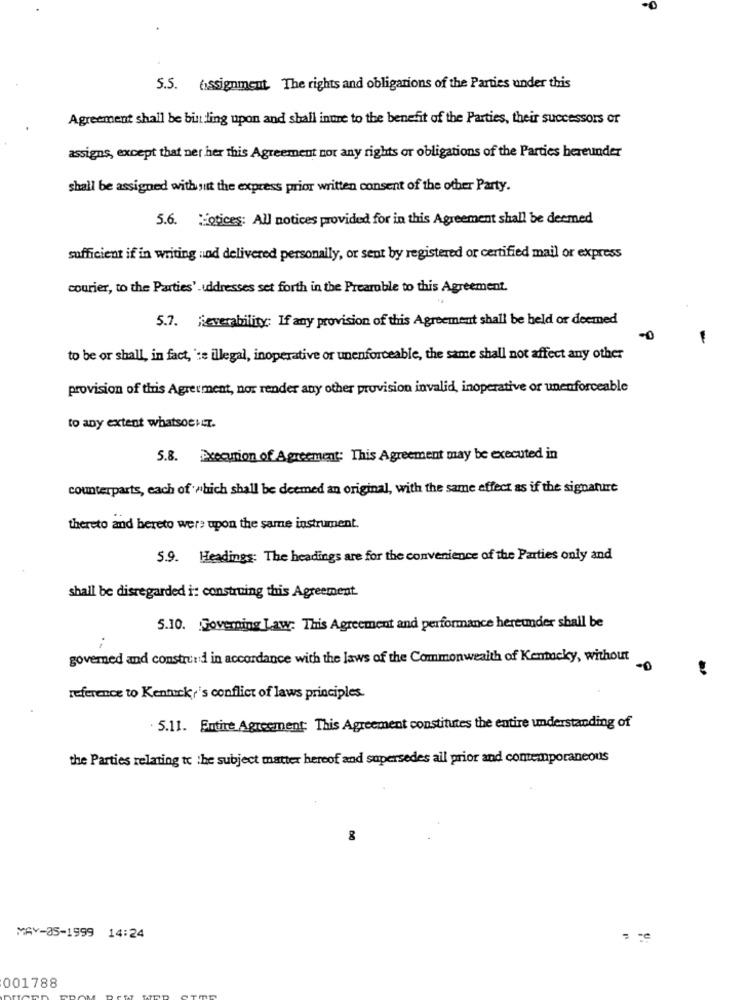
5.5. assignment. The rights and obligations of the Parties under this
Agreement shall be binding upon and shall intre to the benefit of the Parties, their successors or
assigns, except that ner her this Agreement nor any rights or obligations of the Parties bereunder
shall be assigned without the express prior written consent of the other Party.
5.6. "otices: All notices provided for in this Agreement shall be deemed
sufficient if in writing nod delivered personally, or sent by registered or certified mail or express
courier, to the Parties'-uddresses set forth in the Preamble to this Agreement.
5.7. Keverability: If any provision of this Agreement shall be held or deemed
to be or shall, in fact, 'te illegal, inoperative or unenforceable, the same shall not affect any other
provision of this Agreement, nor render any other provision invalid, inoperative or unenforceable
to any extent whatsochT.
5.8. Execution of Agreement: This Agreement may be executed in
counterparts, each of which shall be deemed an original, with the same effect as if the signature
thereto and bereto were upon the same instrument.
5.9. Headings: The headings are for the convenience of the Parties only and
shall be disregarded i: construing this Agreement.
5.10. Governing Law: This Agreement and performance hereunder shall be
governed and constrend in accordance with the laws of the Commonwealth of Kentucky, without
reference to Kentuck,'s conflict of laws principles.
. 5.11. Entire Agreement: This Agreement constitutes the entire understanding of
the Parties relating to the subject matter hereof and supersedes all prior and contemporaneous
8
MAY-05-1999 14:24
= =
001788